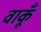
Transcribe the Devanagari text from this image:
वाकूँ